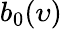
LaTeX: b_{0}(\upsilon)